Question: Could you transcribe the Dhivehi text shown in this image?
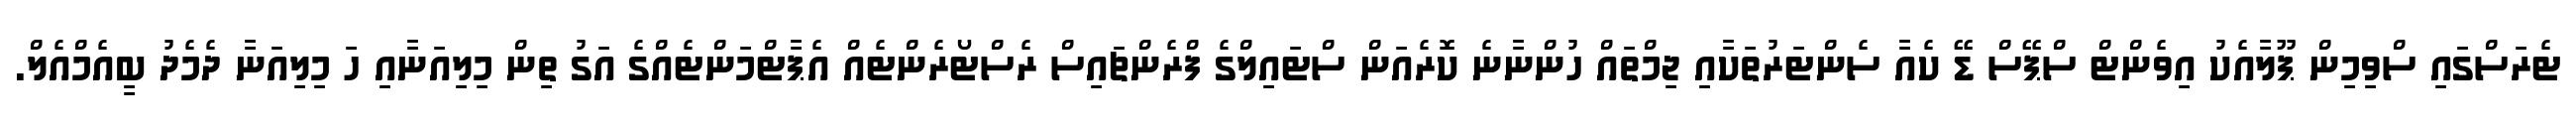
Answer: ޓެރަސްގައި ސްވިމިން ޕޫލާއެކު އިވެންޓް ސްޕޭސް ޑޭ ކެއާ ސެންޓަރުތަކާއި ޖިމްތައް ހުންނާނެ ކޮރެއަން ސްޓައިލްގެ ފްރެންޗައިސް ރެސްޓޯރެންޓެއް އެޕާޓްމަންޓެއްގެ އަގު ތިން މިލިއަނާއި ހަ މިލިއަނާ ދެމެދު ބީއެމްއެލް.